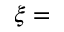
\xi =